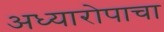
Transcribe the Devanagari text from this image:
अध्यारोपाचा